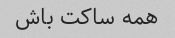
همه ساکت باش